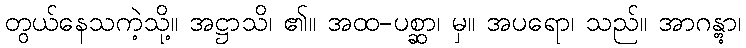
တွယ်နေသကဲ့သို့။ အဋ္ဌာသိ၊ ၏။ အထ-ပစ္ဆာ၊ မှ။ အပရော၊ သည်။ အာဂန္တွာ၊